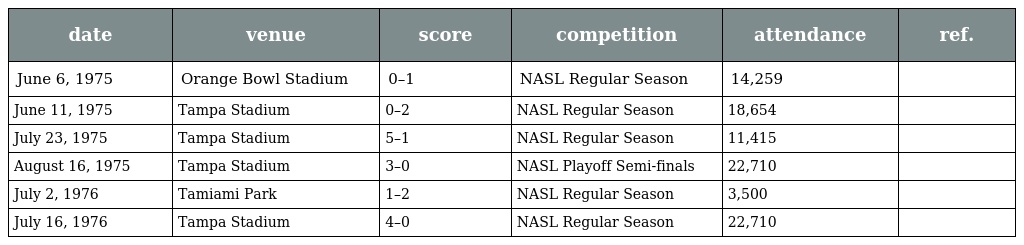
| date | venue | score | competition | attendance | ref. |
 | --- | --- | --- | --- | --- | --- |
 | June 6, 1975 | Orange Bowl Stadium | 0–1 | NASL Regular Season | 14,259 |  |
 | June 11, 1975 | Tampa Stadium | 0–2 | NASL Regular Season | 18,654 |  |
 | July 23, 1975 | Tampa Stadium | 5–1 | NASL Regular Season | 11,415 |  |
 | August 16, 1975 | Tampa Stadium | 3–0 | NASL Playoff Semi-finals | 22,710 |  |
 | July 2, 1976 | Tamiami Park | 1–2 | NASL Regular Season | 3,500 |  |
 | July 16, 1976 | Tampa Stadium | 4–0 | NASL Regular Season | 22,710 |  |